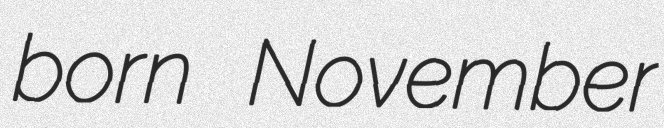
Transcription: born November